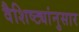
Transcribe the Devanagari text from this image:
वैशिष्ट्यांनुसार